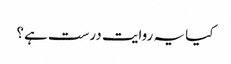
کیا یہ روایت درست ہے؟